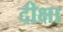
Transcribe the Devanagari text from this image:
दीक्षा